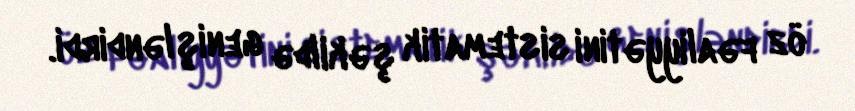
öz fəaliyyətini sistematik şəkildə genişləndirdi.